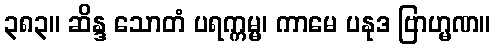
၃၈၃။ ဆိန္ဒ သောတံ ပရက္ကမ္မ၊ ကာမေ ပနုဒ ဗြာဟ္မဏ။